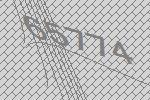
65774